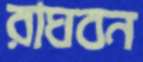
রাঘবন